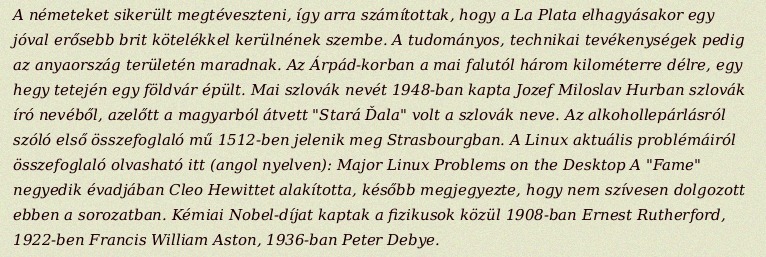
A németeket sikerült megtéveszteni, így arra számítottak, hogy a La Plata elhagyásakor egy jóval erősebb brit kötelékkel kerülnének szembe. A tudományos, technikai tevékenységek pedig az anyaország területén maradnak. Az Árpád-korban a mai falutól három kilométerre délre, egy hegy tetején egy földvár épült. Mai szlovák nevét 1948-ban kapta Jozef Miloslav Hurban szlovák író nevéből, azelőtt a magyarból átvett "Stará Ďala" volt a szlovák neve. Az alkohollepárlásról szóló első összefoglaló mű 1512-ben jelenik meg Strasbourgban. A Linux aktuális problémáiról összefoglaló olvasható itt (angol nyelven): Major Linux Problems on the Desktop A "Fame" negyedik évadjában Cleo Hewittet alakította, később megjegyezte, hogy nem szívesen dolgozott ebben a sorozatban. Kémiai Nobel-díjat kaptak a fizikusok közül 1908-ban Ernest Rutherford, 1922-ben Francis William Aston, 1936-ban Peter Debye.